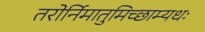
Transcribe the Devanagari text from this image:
तरोर्निमातुमिच्छाम्यधः